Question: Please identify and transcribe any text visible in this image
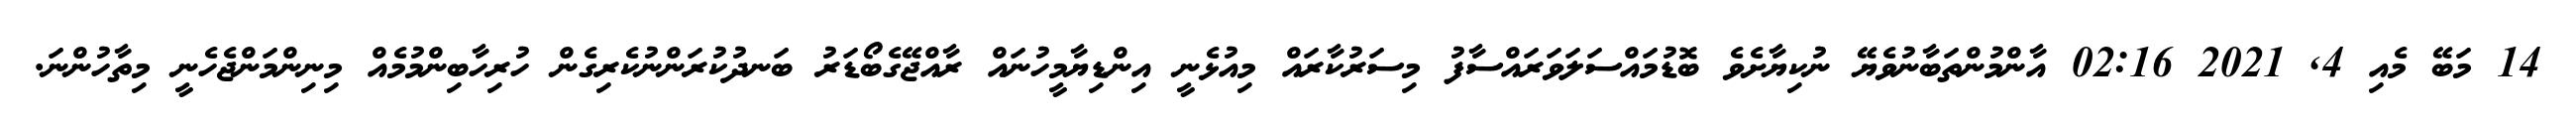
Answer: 14 މަބޭ މެއި 4, 2021 02:16 އާންމުންތަބާނުވެޔޭ ނުކިޔާށެވެ ބޮޑުމައްސަލަވަރައްސާފު މިސަރުކާރައް މިއުޅެނީ އިންޑިޔާމީހުނައް ރާއްޖޭގެބޯޑަރު ބަނދުކުރަންނުކެރިގެން ހުރިހާބިންމުމެއް މިނިންމަންޖެހެނީ މިތާހުންނަ.